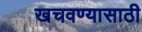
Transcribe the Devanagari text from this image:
खचवण्यासाठी